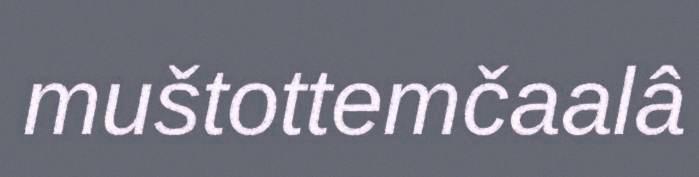
muštottemčaalâ